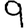
Digit: 9